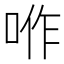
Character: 𠴚